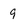
Character: 9